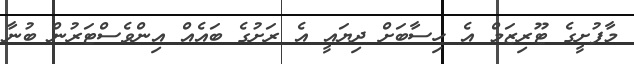
މާފުށީގެ ޓޫރިޒަމް އެ ހިސާބަށް ދިޔައީ އެ ރަށުގެ ބައެއް އިންވެސްޓަރުން ބުނާ